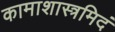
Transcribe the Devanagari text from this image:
कामाशास्त्रमिदं